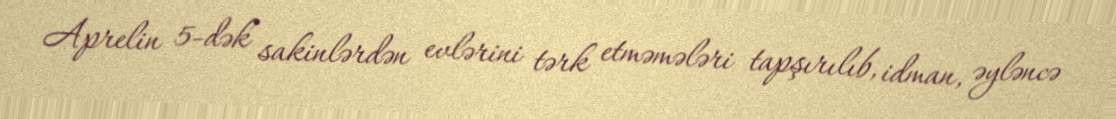
Aprelin 5-dək sakinlərdən evlərini tərk etməmələri tapşırılıb, idman, əyləncə